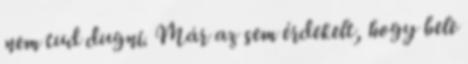
nem tud dugni. Már az sem érdekelt, hogy bele